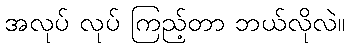
အလုပ် လုပ် ကြည့်တာ ဘယ်လိုလဲ။